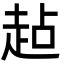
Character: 趈